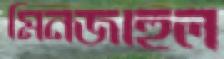
মিনজাহুল